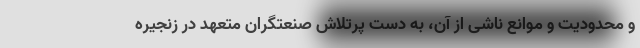
و محدودیت‌ و موانع ناشی از آن، به دست پرتلاش صنعتگران متعهد در زنجیره